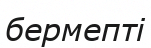
бермепті